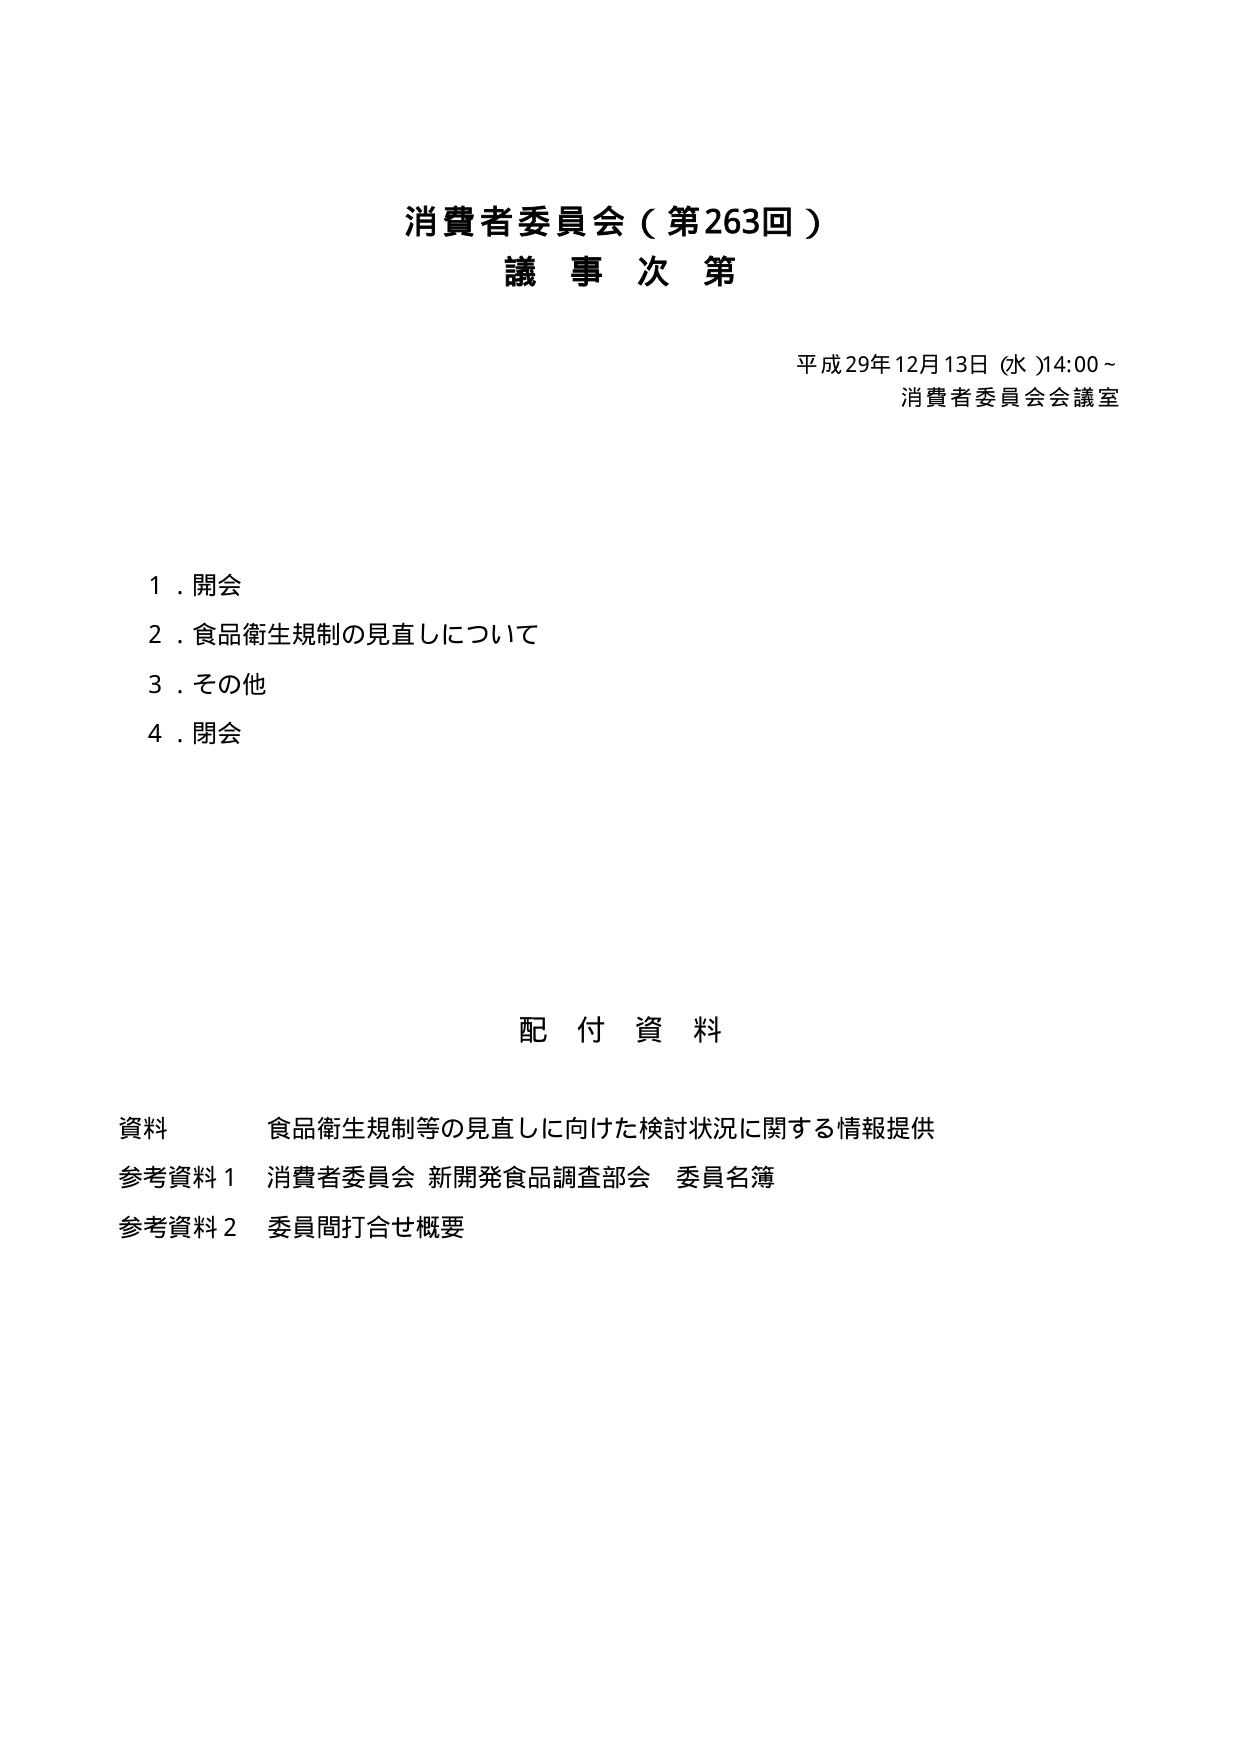
消費者委員会（第263回）
議事次第

平成29年12月13日（水）14:00～
消費者委員会会議室

1．開会
2．食品衛生規制の見直しについて
3．その他
4．閉会

配付資料

資料　食品衛生規制等の見直しに向けた検討状況に関する情報提供
参考資料1　消費者委員会 新開発食品調査部会　委員名簿
参考資料2　委員間打合せ概要